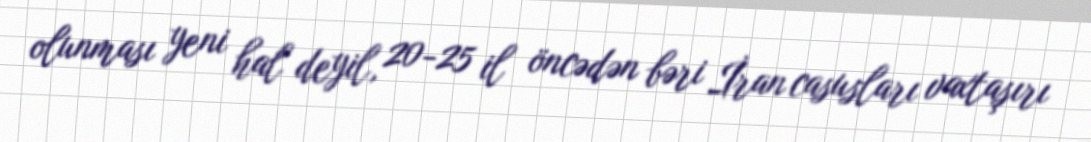
olunması yeni hal deyil, 20-25 il öncədən bəri İran casusları vaxtaşırı